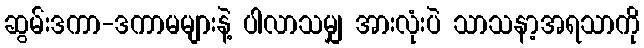
ဆွမ်းဒကာ-ဒကာမများနဲ့ ပါလာသမျှ အားလုံးပဲ သာသနာ့အရသာကို